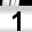
Digit: 1